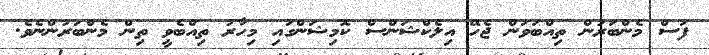
ފަސް މެންބަރުން ތިއްބަވަން ޖެހޭ އިލެކްޝަންސް ކޮމިޝަންގައި މިހާރު ތިއްބެވީ ތިން މެންބަރުންނެވެ.